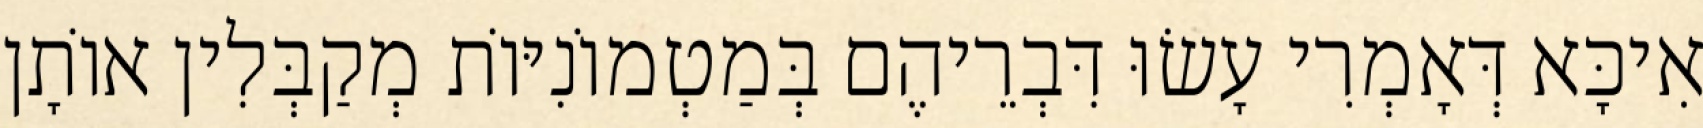
אִיכָּא דְּאָמְרִי עָשׂוּ דִּבְרֵיהֶם בְּמַטְמוֹנִיּוֹת מְקַבְּלִין אוֹתָן